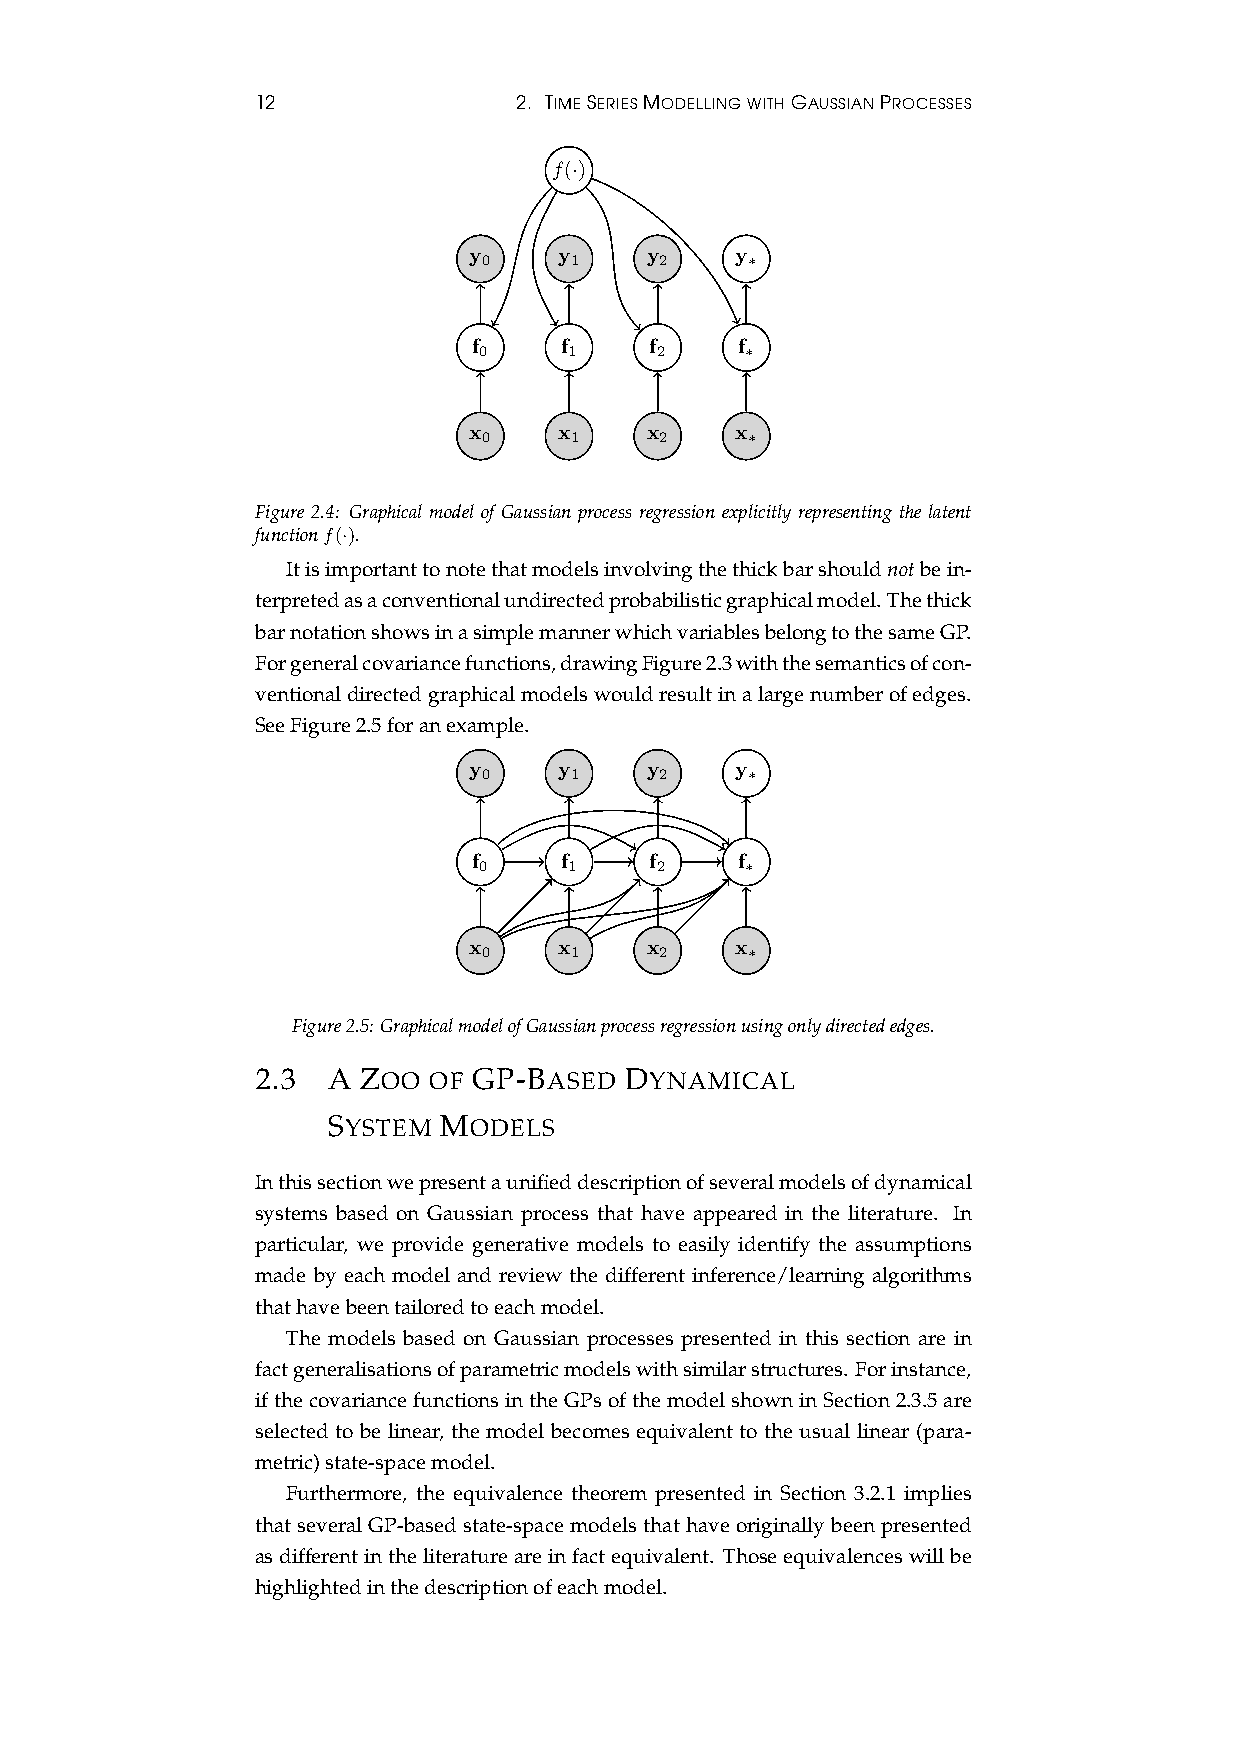
12               2. TIMESERIESMODELLINGWITHGAUSSIANPROCESSES
 f(·)
 y     y     y     y
 0     1     2    ∗
 f     f     f     f
 0     1    2     ∗
 x     x     x     x
 0     1     2    ∗
 Figure 2.4: Graphical model of Gaussian process regression explicitly representing the latent
 functionf(·).
 Itisimportanttonotethatmodelsinvolvingthethickbarshouldnotbein-
 terpretedasaconventionalundirectedprobabilisticgraphicalmodel.Thethick
 barnotationshowsinasimplemannerwhichvariablesbelongtothesameGP.
 Forgeneralcovariancefunctions,drawingFigure2.3withthesemanticsofcon-
 ventionaldirectedgraphicalmodelswouldresultinalargenumberofedges.
 SeeFigure2.5foranexample.
 y     y     y     y
 0     1     2    ∗
 f     f     f     f
 0     1    2     ∗
 x     x     x     x
 0     1     2    ∗
 Figure2.5:GraphicalmodelofGaussianprocessregressionusingonlydirectededges.
 2.3  A ZOO OF GP-BASED  DYNAMICAL
 SYSTEM MODELS
 Inthissectionwepresentaunifieddescriptionofseveralmodelsofdynamical
 systems based on Gaussian process that have appeared in the literature. In
 particular, we provide generative models to easily identify the assumptions
 made by each model and review the different inference/learning algorithms
 thathavebeentailoredtoeachmodel.
 The models based on Gaussian processes presented in this section are in
 factgeneralisationsofparametricmodelswithsimilarstructures. Forinstance,
 ifthecovariancefunctionsintheGPsofthemodelshowninSection2.3.5are
 selected to be linear, the model becomes equivalent to the usual linear (para-
 metric)state-spacemodel.
 Furthermore, the equivalence theorem presented in Section 3.2.1 implies
 thatseveralGP-basedstate-spacemodelsthathaveoriginallybeenpresented
 asdifferentintheliteratureareinfactequivalent. Thoseequivalenceswillbe
 highlightedinthedescriptionofeachmodel.